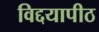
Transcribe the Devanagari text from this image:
विद्दयापीठ